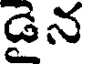
డైన